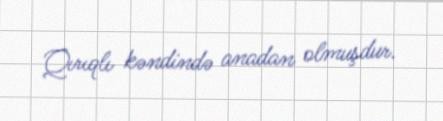
Qırıqlı kəndində anadan olmuşdur.